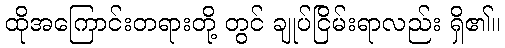
ထိုအကြောင်းတရားတို့ တွင် ချုပ်ငြိမ်းရာလည်း ရှိ၏။